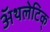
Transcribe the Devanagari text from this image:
अॅथलेटिक्